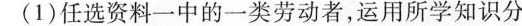
(1)任选资料一中的一类劳动者，运用所学知识分